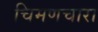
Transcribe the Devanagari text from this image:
चिमणचारा